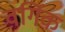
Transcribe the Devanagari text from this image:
वर्गिक